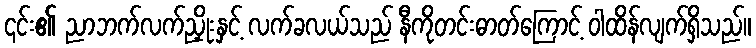
၎င်း၏ ညာဘက်လက်ညှိုးနှင့် လက်ခလယ်သည် နီကိုတင်းဓာတ်ကြောင့် ဝါထိန်လျက်ရှိသည်။